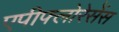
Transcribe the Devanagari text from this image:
एपीफ्लोरेसेंस